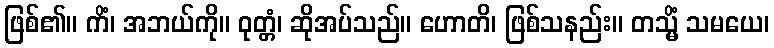
ဖြစ်၏။ ကိံ၊ အဘယ်ကို။ ဝုတ္တံ၊ ဆိုအပ်သည်။ ဟောတိ၊ ဖြစ်သနည်း။ တသ္မိံ သမယေ၊